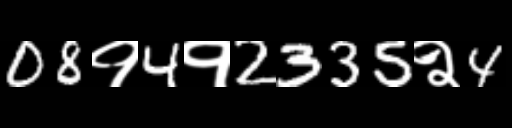
Text: 08१4१2335२4